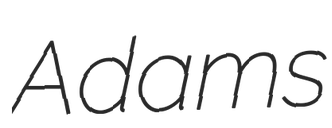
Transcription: Adams